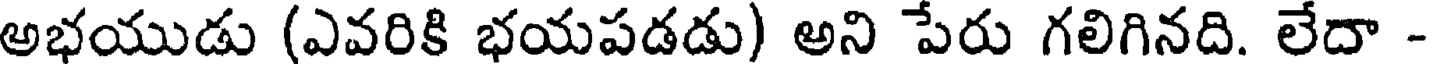
అభయుడు (ఎవరికి భయపడడు) అని పేరు గలిగినది. లేదా -